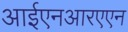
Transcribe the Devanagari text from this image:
आईएनआरएएन